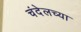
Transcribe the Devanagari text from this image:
चंदेलच्या